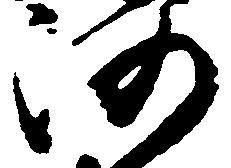
河